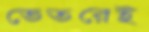
ভেতরেই